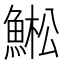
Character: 𱆳